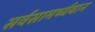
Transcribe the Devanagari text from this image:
सर्वसामर्थ्यवान